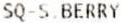
SQ-S.BERRY